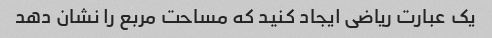
یک عبارت ریاضی ایجاد کنید که مساحت مربع را نشان دهد